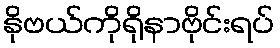
နိုဗယ်ကိုရိုနာဗိုင်းရပ်